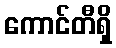
ကောင်တီရှိ